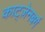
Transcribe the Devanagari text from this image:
काट्ज़ेनबर्ग